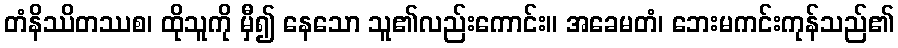
တံနိဿိတဿစ၊ ထိုသူကို မှီ၍ နေသော သူ၏လည်းကောင်း။ အခေမတံ၊ ဘေးမကင်းကုန်သည်၏